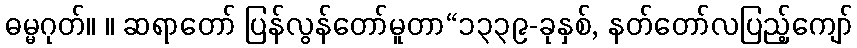
ဓမ္မဂုတ်။ ။ ဆရာတော် ပြန်လွန်တော်မူတာ“၁၃၃၉-ခုနှစ်, နတ်တော်လပြည့်ကျော်